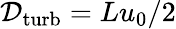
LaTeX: \mathcal{D}_{\mathrm{{turb}}}=Lu_{0}/2